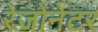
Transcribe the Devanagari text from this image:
रेजोनेटर